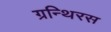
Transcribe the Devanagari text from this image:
ग्रन्थिरस